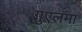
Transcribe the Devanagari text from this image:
गुएलमा